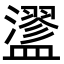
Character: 䀊